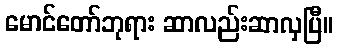
မောင်တော်ဘုရား ဆာလည်းဆာလှပြီ။